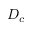
D _ { c }